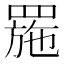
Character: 𦋤